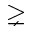
\gneq